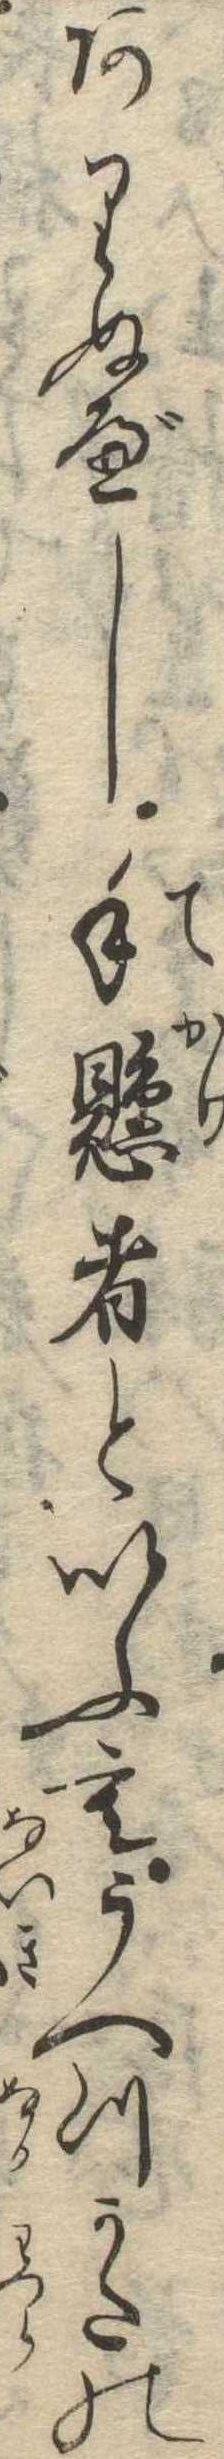
ありぬべし手懸者といふもうへつかたの